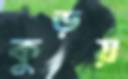
কুড়য়